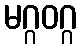
မဂ္ဂဝဂ္ဂ